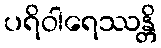
ပရိဝါရေဿန္တိ